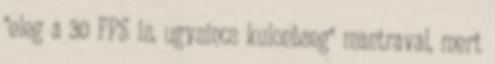
"eleg a 30 FPS is, ugysincs kulonbseg" mantraval, mert